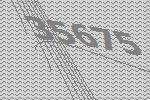
35675